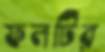
ফলটির